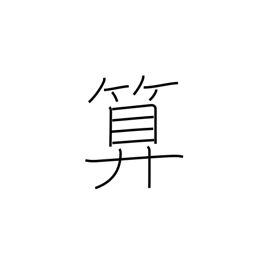
Meaning: abacus